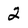
Character: 2